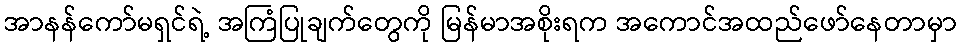
အာနန်ကော်မရှင်ရဲ့ အကြံပြုချက်တွေကို မြန်မာအစိုးရက အကောင်အထည်ဖော်နေတာမှာ